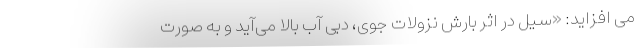
می افزاید: «سیل در اثر بارش نزولات جوی، دِبی آب بالا می‌آید و به صورت